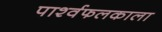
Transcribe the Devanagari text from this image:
पार्श्वफलकाला